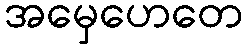
အမှေဟေတေ